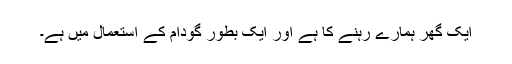
ایک گھر ہمارے رہنے کا ہے اور ایک بطور گودام کے استعمال میں ہے۔